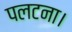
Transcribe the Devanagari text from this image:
पलटना।